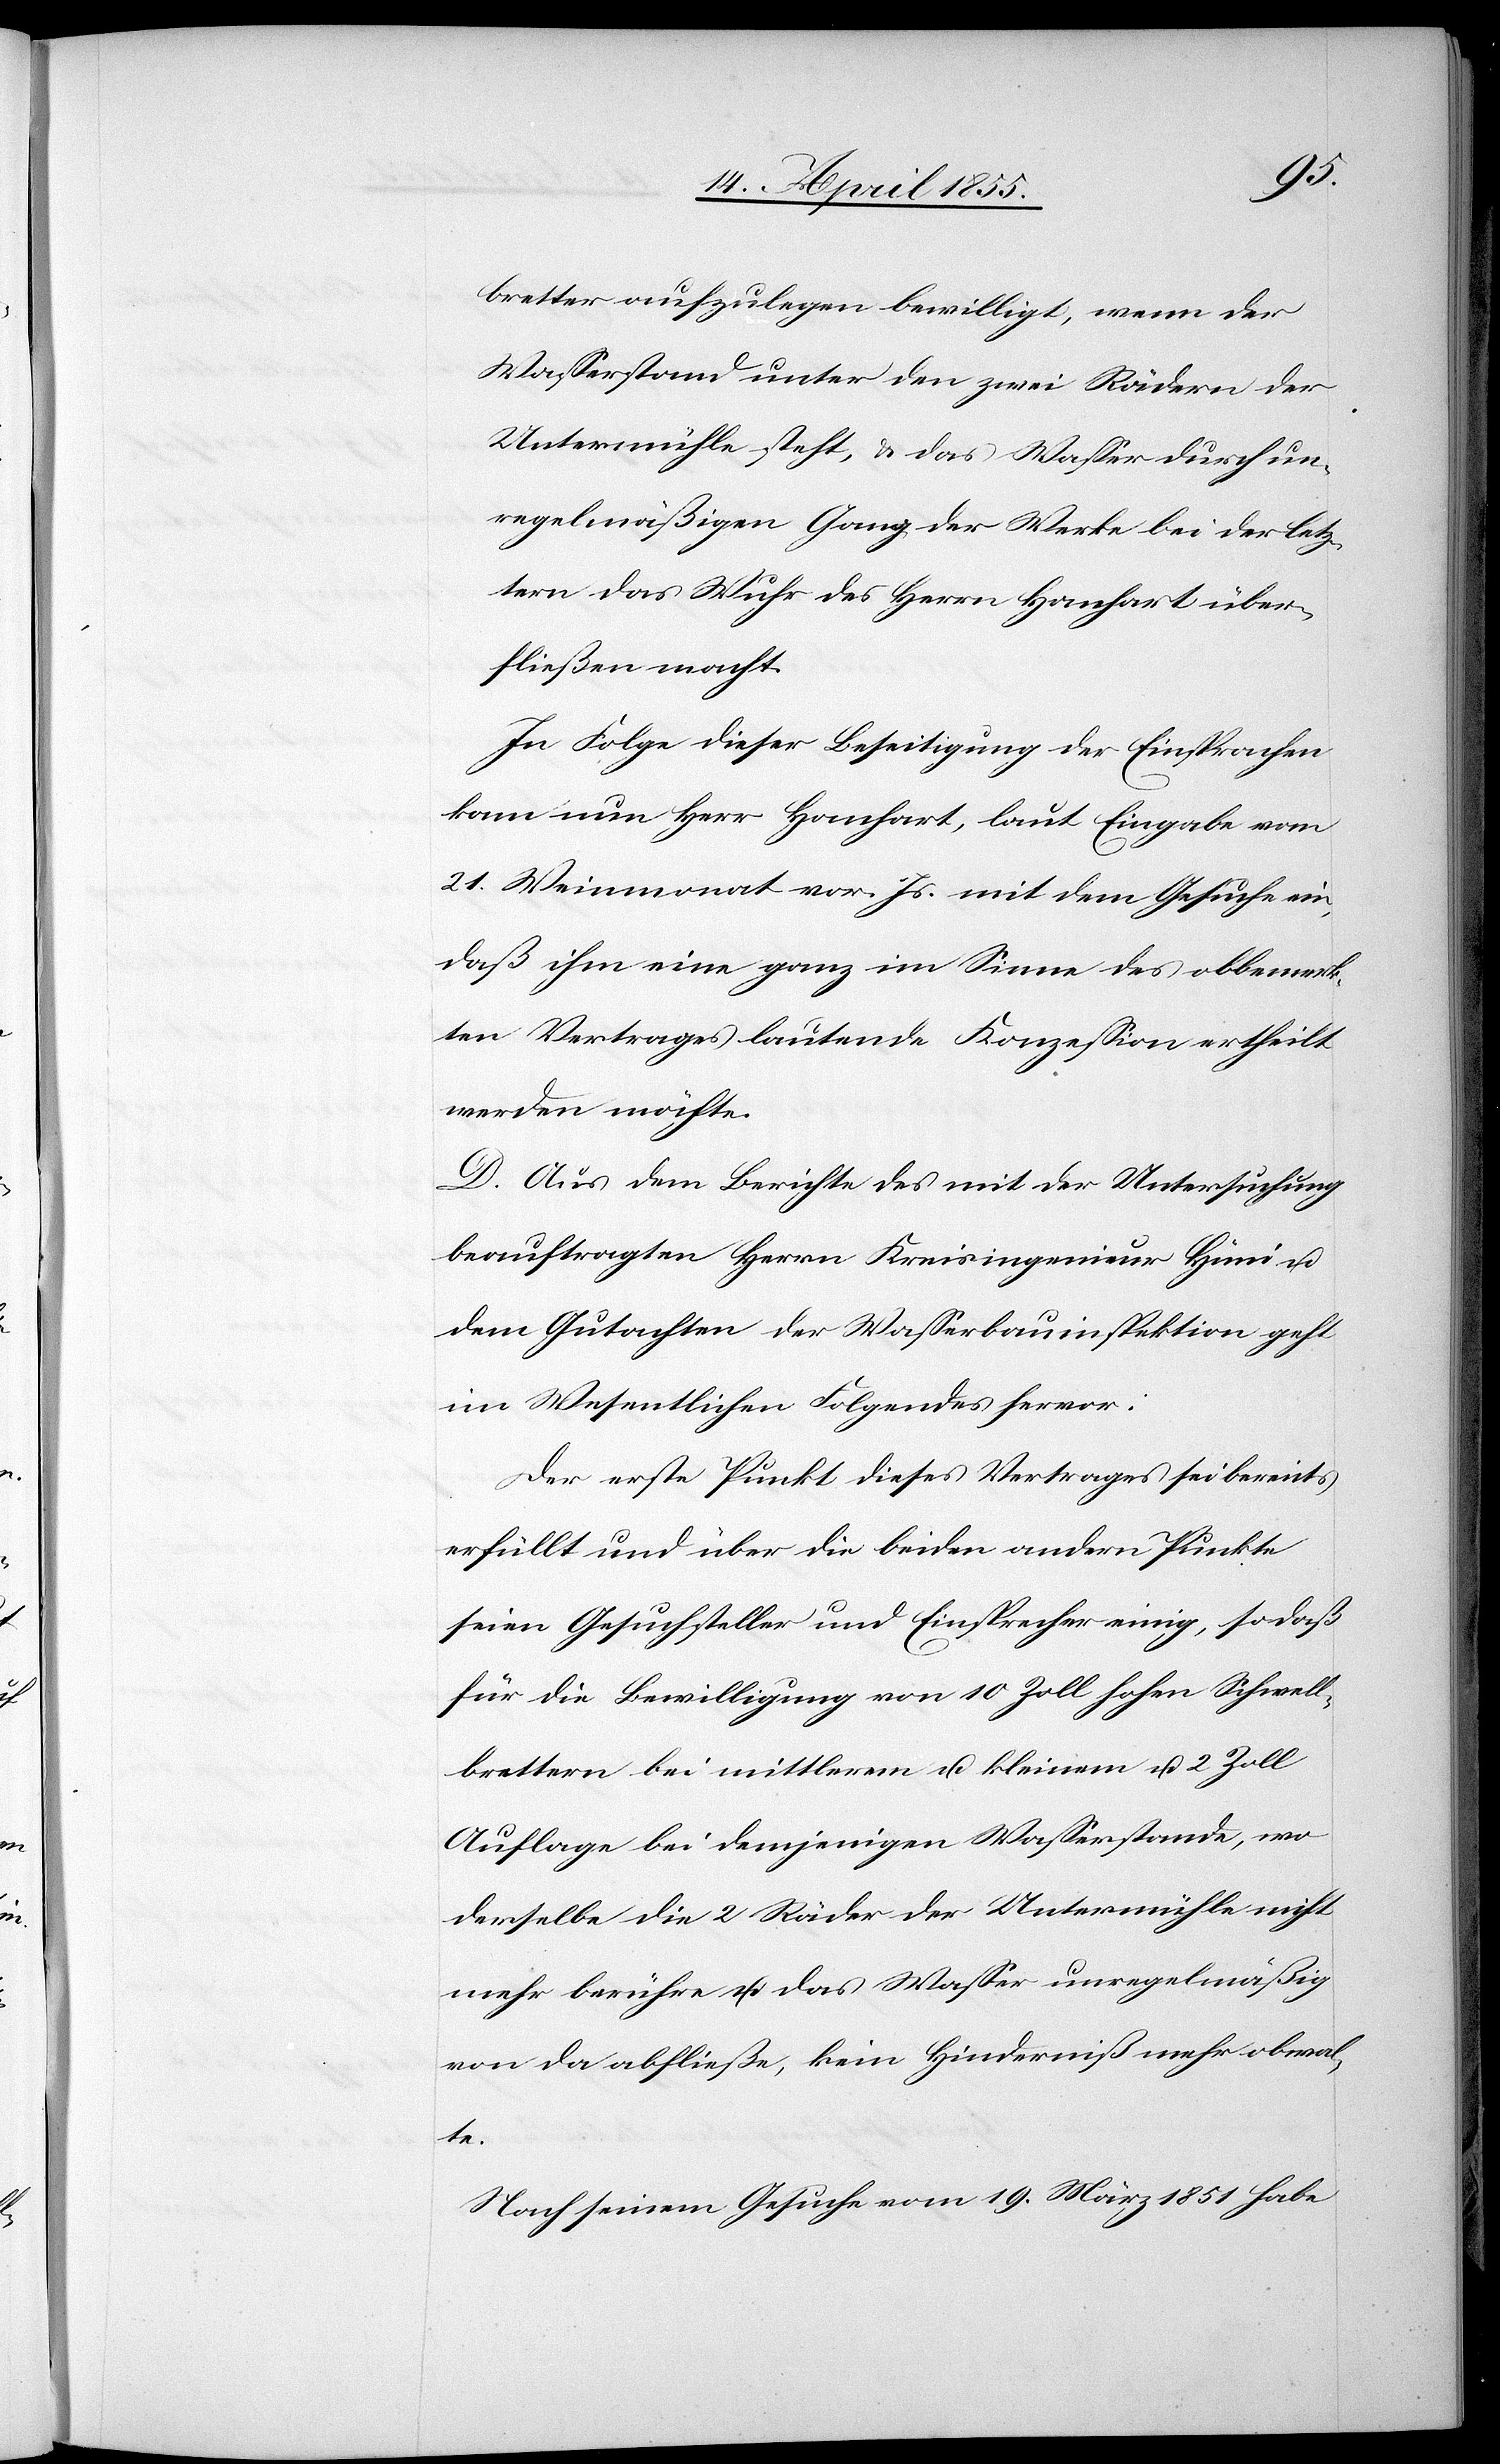
bretter aufzulegen bewilligt, wenn der
Wasserstand unter den zwei Rädern der
Untermühle steht, & das Wasser durch un¬
regelmäßigen Gang der Werke bei der letz¬
tern das Wuhr des Herrn Hanhart über¬
fließen macht.
In Folge dieser Beseitigung der Einsprachen
kam nun Herr Hanhart, laut Eingabe vom
21. Weinmonat vor. Js. mit dem Gesuche ein,
daß ihm eine ganz im Sinne des obbemerk¬
ten Vertrages lautende Konzession ertheilt
werden möchte.
D. Aus dem Berichte des mit der Untersuchung
beauftragten Herrn Kreisingenieur Hüni u.
dem Gutachten der Wasserbauinspektion geht
im Wesentlichen Folgendes hervor:
Der erste Punkt dieses Vertrages sei bereits
erfüllt und über die beiden andern Punkte
seien Gesuchsteller und Einsprecher einig, so daß
für die Bewilligung von 10 Zoll hohen Schwell¬
brettern bei mittlerem u. kleinem u. 2 Zoll
Auflage bei demjenigen Wasserstande, wo
derselbe die 2 Räder der Untermühle nicht
mehr berühre u. das Wasser unregelmäßig
von da abfließe, kein Hinderniß mehr obwal¬
te.
Nach seinem Gesuche vom 19. März 1851 habe